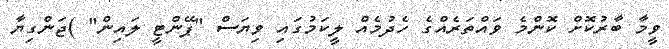
ވީމާ ބާރުކޮށް ކޮންމެ ވައްތަރެއްގެ ހެދުމެއް ލީކަމުގައި ވިޔަސް "ޕޭންޓީ ލައިން" )ޖަންގިޔާ